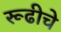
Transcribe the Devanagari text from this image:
रूढीचे